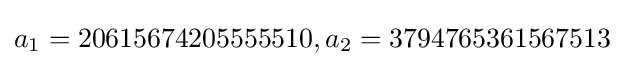
a_{1}=20615674205555510,a_{2}=3794765361567513